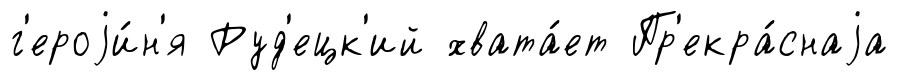
г'ероjи́н'я Руд'ецк'ий хвата́ет Пр'екра́снаjа